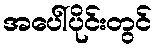
အပေါ်ပိုင်းတွင်